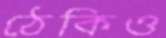
ঠেকিও